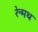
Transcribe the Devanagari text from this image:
रेन्मथ